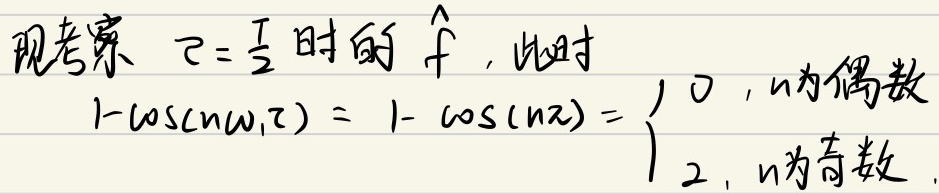
现考察 \(\tau = \frac{T}{2}\) 时的 \(\hat{f}\)，此时
\[1 - \cos(n\omega_{1}\tau)=1 - \cos(n\pi)=\begin{cases}0, & n\text{为偶数}\\2, & n\text{为奇数}\end{cases}\]